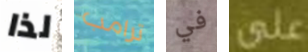
لذا ترامب في على